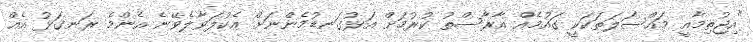
"އިޖުތިމާއީ މައްސަލަތަކަކީ ގައުމެއް އާރާސްތު ކުރުމަށް އަޅުގަނޑުމެންނަށް އެކުލަވާލެވޭނެ އެންމެ ރަނގަޅު އެއް